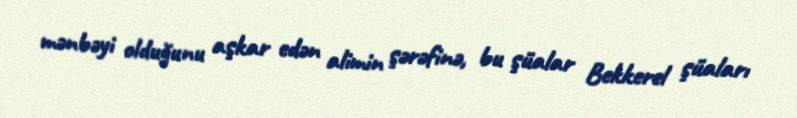
mənbəyi olduğunu aşkar edən alimin şərəfinə, bu şüalar Bekkerel şüaları